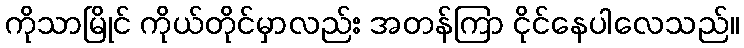
ကိုသာမြိုင် ကိုယ်တိုင်မှာလည်း အတန်ကြာ ငိုင်နေပါလေသည်။